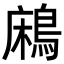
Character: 𪁱